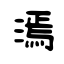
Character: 漹